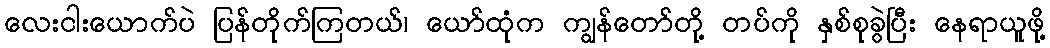
လေးငါးယောက်ပဲ ပြန်တိုက်ကြတယ်၊ ယော်ထုံက ကျွန်တော်တို့ တပ်ကို နှစ်စုခွဲပြီး နေရာယူဖို့